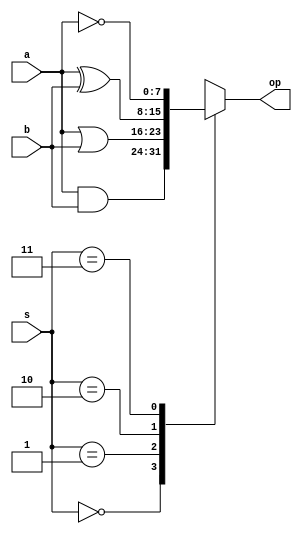
module logic_gate (a,b,s,op);
input [7:0] a,b;
input [1:0] s;
output [7:0] op;
reg [7:0] op;
always@(*)begin
	case(s)
		2'b00:op=a&b;
		2'b01:op=a|b;
		2'b10:op=a^b;
		2'b11:op=~a;
	endcase
end
endmodule